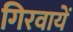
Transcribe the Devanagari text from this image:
गिरवायें